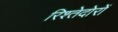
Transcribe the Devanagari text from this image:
रिश्तेदोरों